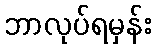
ဘာလုပ်ရမှန်း